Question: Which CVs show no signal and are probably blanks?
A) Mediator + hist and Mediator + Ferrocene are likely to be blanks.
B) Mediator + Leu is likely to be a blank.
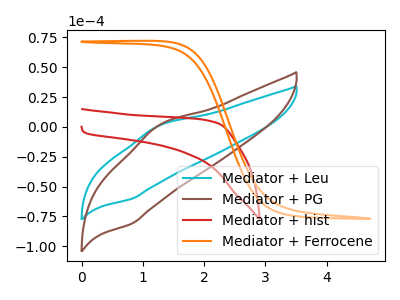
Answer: <think>The cyan curve "Mediator + Leu" has an anodic peak at (1.25V, 0.90uA) and a cathodic peak at (0.80V, -60.30uA). The brown curve "Mediator + PG" has an anodic peak at (1.25V, 1.20uA) and a cathodic peak at (0.80V, -81.15uA). The red curve "Mediator + hist" has no peaks. The orange curve "Mediator + Ferrocene" has no peaks.</think>
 <answer>A) "Mediator + hist" and "Mediator + Ferrocene" are likely to be blanks.</answer>
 <eval>A</eval>